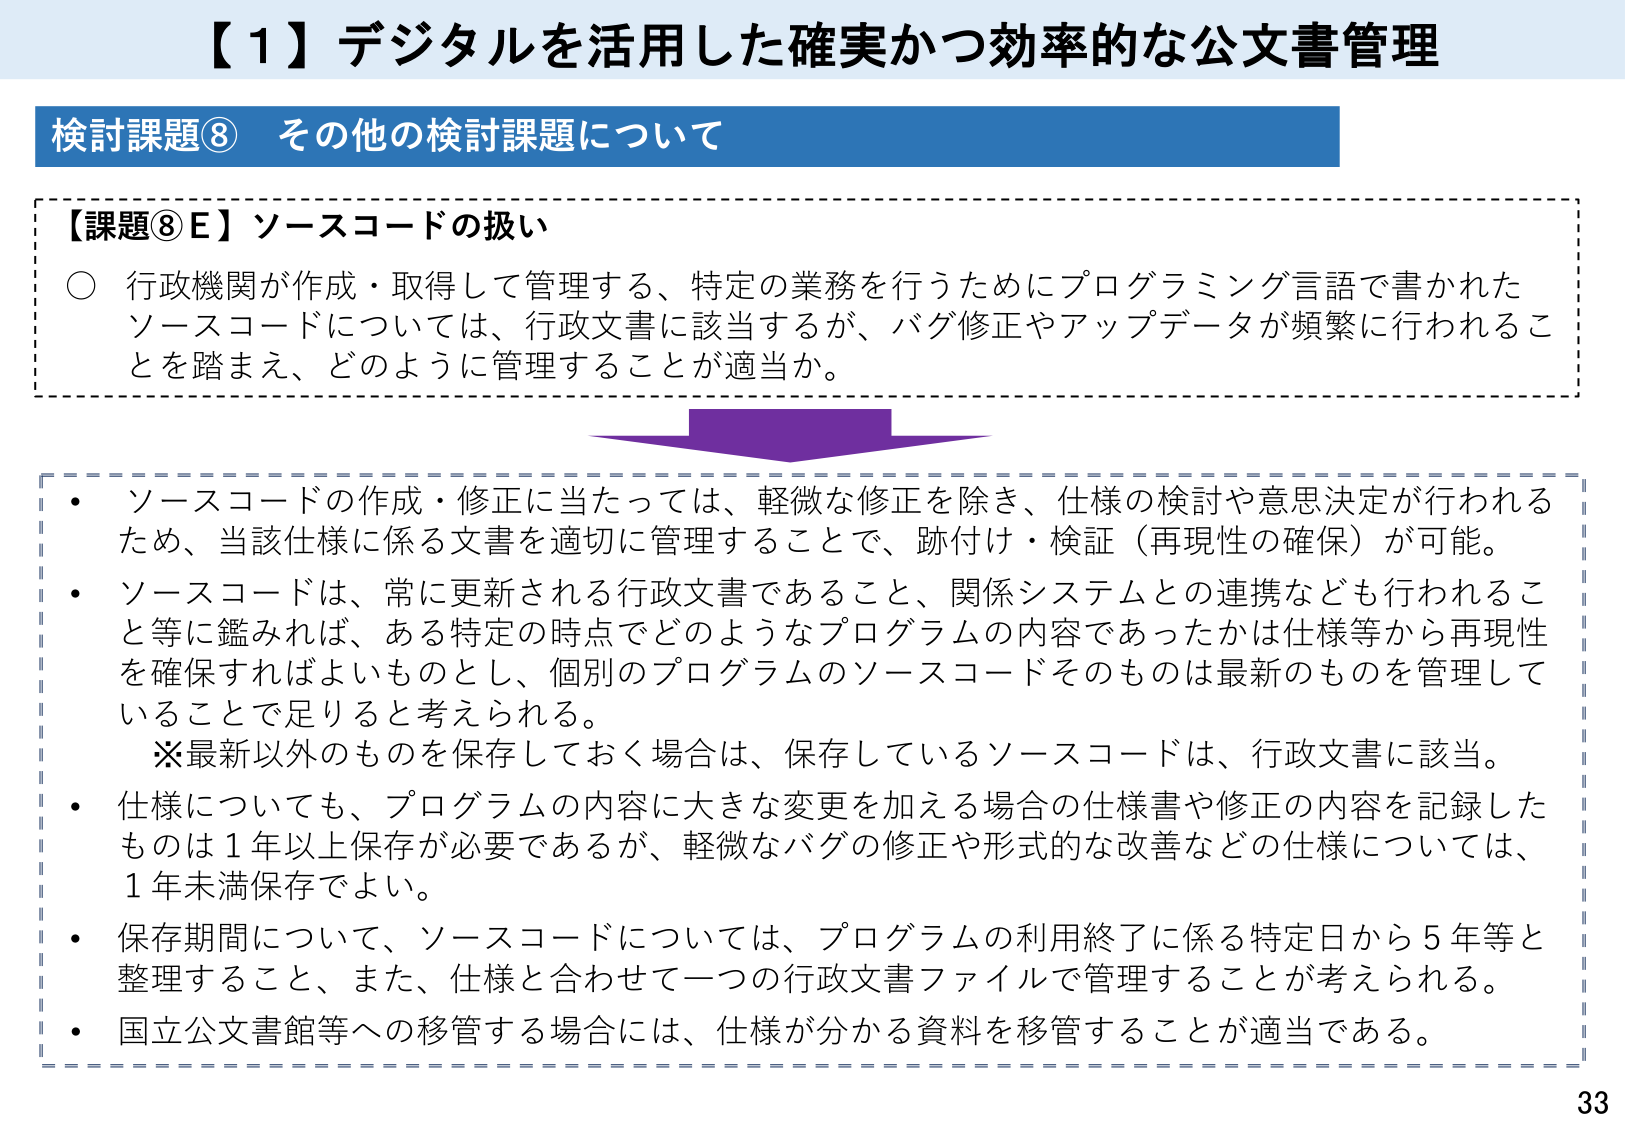
【１】デジタルを活用した確実かつ効率的な公文書管理

検討課題⑧ その他の検討課題について

【課題⑧Ｅ】ソースコードの扱い
○ 行政機関が作成・取得して管理する、特定の業務を行うためにプログラミング言語で書かれたソースコードについては、行政文書に該当するが、バグ修正やアップデーテが頻繁に行われることを踏まえ、どのように管理することが適当か。

・ ソースコードの作成・修正に当たっては、軽微な修正を除き、仕様の検討や意思決定が行われるため、当該仕様に係る文書を適切に管理することで、跡付け・検証（再現性の確保）が可能。
・ ソースコードは、常に更新される行政文書であること、関係システムとの連携なども行われること等に鑑みれば、ある特定の時点でのどのようなプログラムの内容であったかは仕様等から再現性を確保すればよいものとし、個別のプログラムのソースコードそのものは最新のものを管理していることで足りると考えられる。
　※最新以外のものを保存しておく場合は、保存しているソースコードは、行政文書に該当。
・ 仕様についても、プログラムの内容に大きな変更を加える場合の仕様書や修正の内容を記録したものは１年以上保存が必要であるが、軽微なバグの修正や形式的な改善などの仕様については、１年未満保存でよい。
・ 保存期間について、ソースコードについては、プログラムの利用終了に係る特定日から５年等と整理すること、また、仕様と合わせて一つの行政文書ファイルで管理することが考えられる。
・ 国立公文書館等への移管する場合には、仕様が分かる資料を移管することが適当である。

33